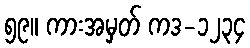
၅၉။ ကားအမှတ် ကဒ-၁၂၃၄